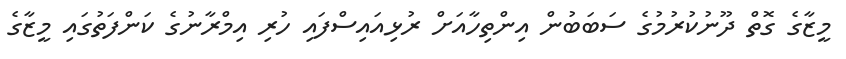
މީޒާގެ ގޮތް ދޫނުކުރުމުގެ ސަބަބުން އިންތިހާއަށް ރުޅިއައިސްފައި ހުރި އިމްރާނުގެ ކަންފަތުގައި މީޒާގެ